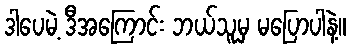
ဒါပေမဲ့ ဒီအကြောင်း ဘယ်သူမှ မပြောပါနဲ့။